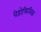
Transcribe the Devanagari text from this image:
पेडोफिलिक